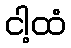
ငါ့ထံ